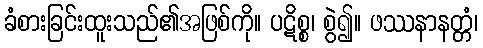
ခံစားခြင်းထူးသည်၏အဖြစ်ကို။ ပဋိစ္စ၊ စွဲ၍။ ဖဿနာနတ္တံ၊